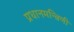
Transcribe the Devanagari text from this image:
प्रधानमन्त्रिणी